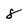
Character: 8